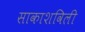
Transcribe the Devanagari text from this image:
साकाशविली